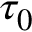
\tau _ { 0 }